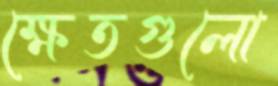
ক্ষেতগুলো